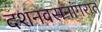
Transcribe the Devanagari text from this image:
दशनवसनांगरात